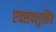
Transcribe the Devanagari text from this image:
एक्सक्लुझिव